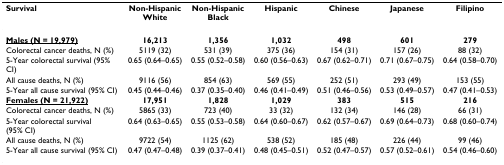
| Survival | Non-Hispanic White | Non-Hispanic Black | Hispanic | Chinese | Japanese | Filipino |
 | --- | --- | --- | --- | --- | --- | --- |
 | <underline>Males (N = 19,979)</underline> | 16,213 | 1,356 | 1,032 | 498 | 601 | 279 |
 | Colorectal cancer deaths, N (%) | 5119 (32) | 531 (39) | 375 (36) | 154 (31) | 157 (26) | 88 (32) |
 | 5-Year colorectal survival (95% CI) | 0.65 (0.64–0.65) | 0.55 (0.52–0.58) | 0.60 (0.56–0.63) | 0.67 (0.62–0.71) | 0.71 (0.67–0.75) | 0.64 (0.58–0.70) |
 | All cause deaths, N (%) | 9116 (56) | 854 (63) | 569 (55) | 252 (51) | 293 (49) | 153 (55) |
 | 5-Year all cause survival (95% CI) | 0.45 (0.44–0.46) | 0.37 (0.35–0.40) | 0.46 (0.41–0.49) | 0.51 (0.46–0.56) | 0.53 (0.49–0.57) | 0.47 (0.41–0.53) |
 | <underline>Females (N = 21,922)</underline> | 17,951 | 1,828 | 1,029 | 383 | 515 | 216 |
 | Colorectal cancer deaths, N (%) | 5865 (33) | 723 (40) | 33 (32) | 132 (34) | 146 (28) | 66 (31) |
 | 5-Year colorectal survival (95% CI) | 0.64 (0.63–0.65) | 0.55 (0.53–0.58) | 0.64 (0.60–0.67) | 0.62 (0.57–0.67) | 0.69 (0.64–0.73) | 0.68 (0.60–0.74) |
 | All cause deaths, N (%) | 9722 (54) | 1125 (62) | 538 (52) | 185 (48) | 226 (44) | 99 (46) |
 | 5-Year all cause survival (95% CI) | 0.47 (0.47–0.48) | 0.39 (0.37–0.41) | 0.48 (0.45–0.51) | 0.52 (0.47–0.57) | 0.57 (0.52–0.61) | 0.54 (0.46–0.60) |